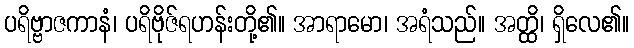
ပရိဗ္ဗာဇကာနံ၊ ပရိဗိုဇ်ရဟန်းတို့၏။ အာရာမော၊ အရံသည်။ အတ္ထိ၊ ရှိလေ၏။